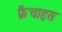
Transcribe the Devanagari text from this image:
फ्रैंचाइस